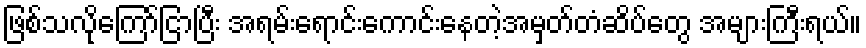
ဖြစ်သလိုကြော်ငြာပြီး အရမ်းရောင်းကောင်းနေတဲ့အမှတ်တံဆိပ်တွေ အများကြီးရယ်။